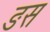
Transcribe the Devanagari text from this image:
ङस